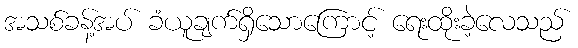
အသစ်ခန့်အပ် ခံယူချက်ရှိသောကြောင့် ရေးထိုးခဲ့လေသည်